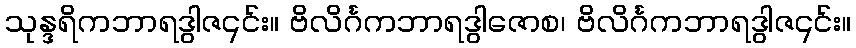
သုန္ဒရိကဘာရဒွါဇ၎င်း။ ဗိလိင်္ဂကဘာရဒွါဇောစ၊ ဗိလိင်္ဂကဘာရဒွါဇ၎င်း။